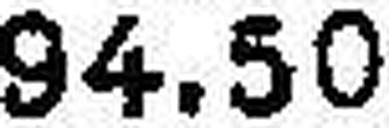
94.50